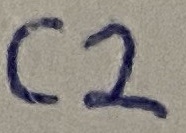
Text: C2